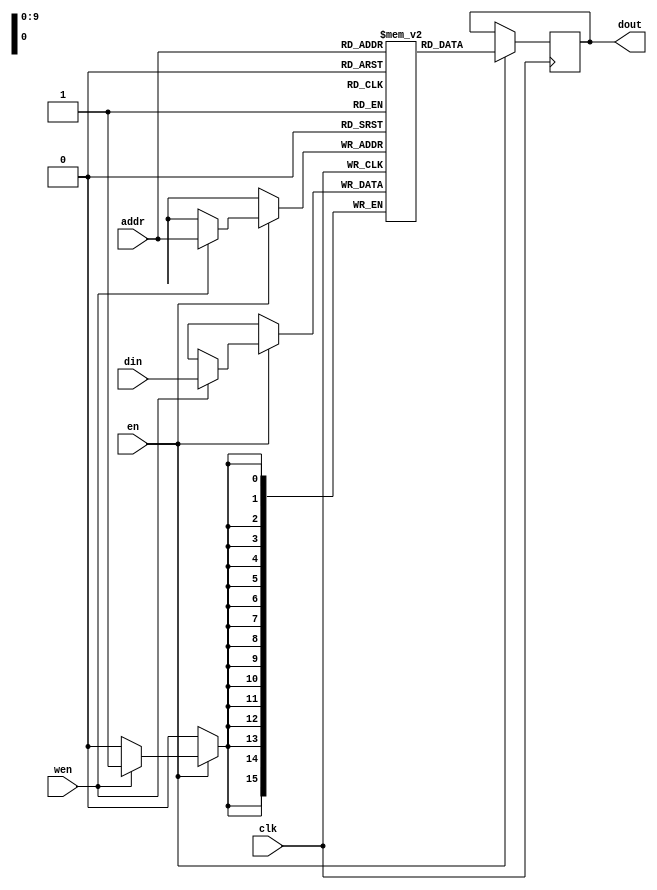
`timescale 1ns / 1ps
//////////////////////////////////////////////////////////////////////////////////
// Company: 
// Engineer: 
// 
// Design Name: 
// Module Name: rams_sp_rf_rst
// Project Name: 
// Target Devices: 
// Tool Versions: 
// Description: 
// 
// Dependencies: 
// 
// Revision:
// Revision 0.01 - File Created
// Additional Comments:
// 
//////////////////////////////////////////////////////////////////////////////////

//Reference: https://www.xilinx.com/support/documentation/sw_manuals/xilinx2016_1/ug901-vivado-synthesis.pdf

module rams_sp_rf # (
    parameter RAM_ADDR_WIDTH = 10,
    parameter RAM_DATA_WIDTH = 16
)
(
    input clk, 
    input en,
    input wen, 
    input [RAM_ADDR_WIDTH -1 : 0] addr, 
    input [RAM_DATA_WIDTH - 1 : 0] din, 
    output reg [RAM_DATA_WIDTH - 1 : 0] dout
);
    parameter RAM_DIPTH = 2 ** RAM_ADDR_WIDTH;

    reg [RAM_DATA_WIDTH - 1 : 0] ram [RAM_DIPTH - 1 : 0];
    
    always @(posedge clk) begin
        if (en) begin//optional enable
            if (wen) //write enable
                ram[addr] <= din;
            dout <= ram[addr];
        end
    end
endmodule